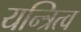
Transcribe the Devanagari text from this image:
यन्त्रित्व